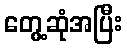
တွေ့ဆုံအပြီး